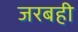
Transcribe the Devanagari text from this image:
जरबही